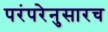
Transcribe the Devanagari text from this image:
परंपरेनुसारच